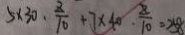
5 \times 3 0 \cdot \frac { z } { 1 0 } + 7 \times 4 0 \cdot \frac { 8 } { 1 0 } = 2 5 8